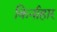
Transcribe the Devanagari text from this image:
किर्नाहार